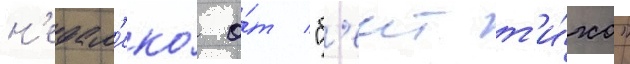
н'едал'еко́ о́т "б'еит т'и́хо"